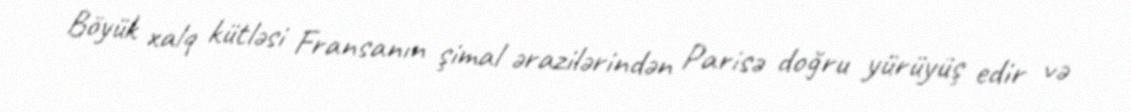
Böyük xalq kütləsi Fransanın şimal ərazilərindən Parisə doğru yürüyüş edir və